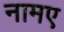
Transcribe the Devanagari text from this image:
नामए